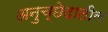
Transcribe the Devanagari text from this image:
अनुच्छेदातील